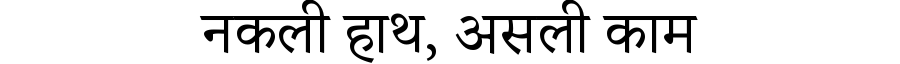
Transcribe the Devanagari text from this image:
नकली हाथ, असली काम